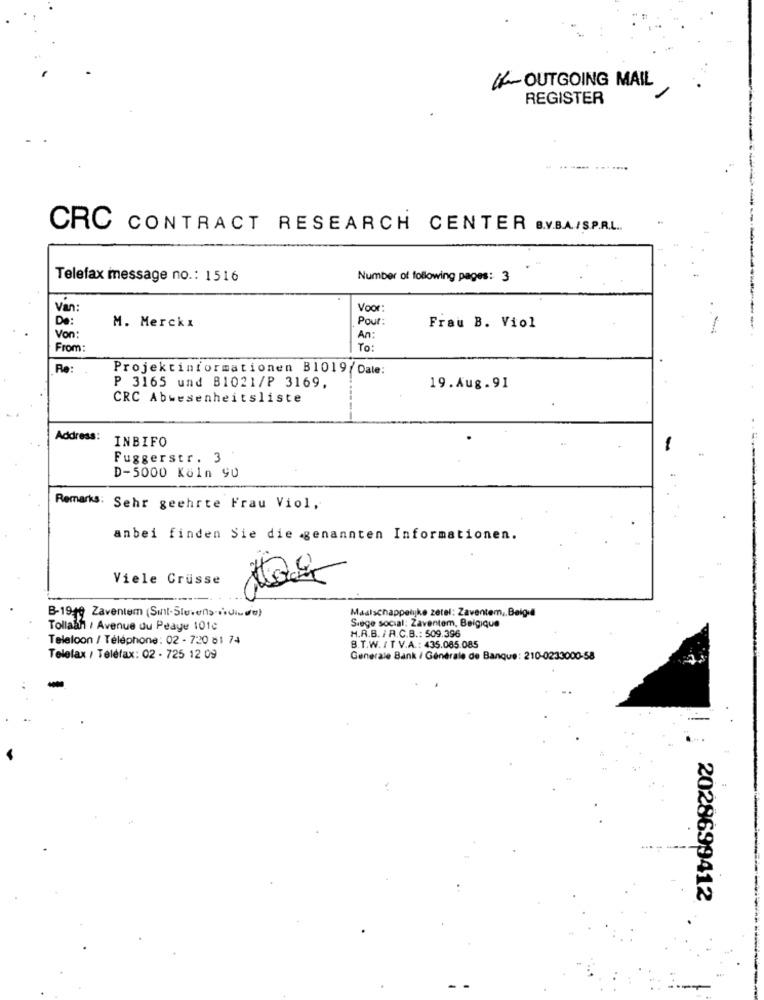
If~ OUTGOING MAIL
REGISTER
CRC CONTRACT RESEARCH CENTER B.V.B.A/S.P.R.L ..
Telefax message no .: 1516
Number of following pages: 3
Van
Voor
De:
Pour:
M. Merckı
Frau B. Viol
Von
An:
From:
To:
Projektinformationen B1019/ Dale:
P 3165 und B1021/P 3169.
19.Aug.91
CRC Abwesenheitsliste
Address:
INBIFO
Fuggerstr. 3
D-5000 Köln 90
Remarks: Sehr geehrte Frau Viol,
anbei finden Sie die genannten Informationen.
Viele Grüsse
Madischappelijke zetel: Zaventem, Belgie
B-199 Zaventem (Sint-Steven> ridure)
Siege social: Zaventem, Belgique
Tollaan / Avenue du Peaye 101℃
Teleloon / Téléphone : 02 - 720 81 74
H.R.B. / R.C.B .: 509.396
B.T.W. / T V.A .: 435.085.085
Telefax / Telefax: 02 - 725 12 09
Generale Bank / Générale de Banque: 210-0233000-58
2028699412
-